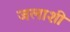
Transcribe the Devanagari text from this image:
जलाशी